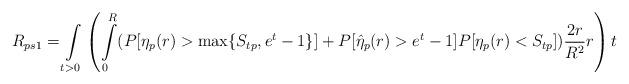
LaTeX: \begin{align*}R_{ps1}=\int\limits_{t>0}\left(\int\limits_{0}^{R}(P[\eta_p(r)>\max\{S_{tp},e^t-1\}]+P[\hat{\eta}_p(r)>e^t-1]P[\eta_p(r)<S_{tp}])\frac{2r}{R^2}r\right)t\end{align*}